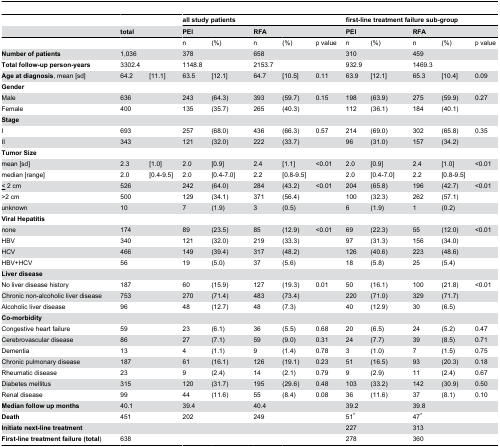
<table><thead><tr><td></td><td></td><td></td><td colspan="6"><b>all study patients</b></td><td colspan="6"><b>first-line treatment failure sub-group</b></td></tr><tr><td></td><td><b>total</b></td><td></td><td><b>PEI</b></td><td></td><td></td><td><b>RFA</b></td><td></td><td></td><td><b>PEI</b></td><td></td><td></td><td><b>RFA</b></td><td></td><td></td></tr></thead><tbody><tr><td></td><td></td><td></td><td>n</td><td>(%)</td><td></td><td>n</td><td>(%)</td><td>p value</td><td>n</td><td>(%)</td><td></td><td>n</td><td>(%)</td><td>p value</td></tr><tr><td><b>Number of patients</b></td><td>1,036</td><td></td><td>378</td><td></td><td></td><td>658</td><td></td><td></td><td>310</td><td></td><td></td><td>459</td><td></td><td></td></tr><tr><td><b>Total follow-up person-years</b></td><td>3302.4 </td><td></td><td>1148.8</td><td></td><td></td><td>2153.7</td><td></td><td></td><td>932.9</td><td></td><td></td><td>1469.3</td><td></td><td></td></tr><tr><td><b>Age at diagnosis</b>, mean [sd]</td><td>64.2</td><td>[11.1]</td><td>63.5</td><td>[12.1]</td><td></td><td>64.7</td><td>[10.5]</td><td>0.11</td><td>63.9</td><td>[12.1]</td><td></td><td>65.3</td><td>[10.4]</td><td>0.09 </td></tr><tr><td><b>Gender</b></td><td></td><td></td><td></td><td></td><td></td><td></td><td></td><td></td><td></td><td></td><td></td><td></td><td></td><td></td></tr><tr><td>Male</td><td>636</td><td></td><td>243</td><td>(64.3)</td><td></td><td>393</td><td>(59.7)</td><td>0.15</td><td>198</td><td>(63.9)</td><td></td><td>275</td><td>(59.9)</td><td>0.27 </td></tr><tr><td>Female</td><td>400</td><td></td><td>135</td><td>(35.7)</td><td></td><td>265</td><td>(40.3)</td><td></td><td>112</td><td>(36.1)</td><td></td><td>184</td><td>(40.1)</td><td></td></tr><tr><td><b>Stage</b></td><td></td><td></td><td></td><td></td><td></td><td></td><td></td><td></td><td></td><td></td><td></td><td></td><td></td><td></td></tr><tr><td>I</td><td>693</td><td></td><td>257</td><td>(68.0)</td><td></td><td>436</td><td>(66.3)</td><td>0.57</td><td>214</td><td>(69.0)</td><td></td><td>302</td><td>(65.8)</td><td>0.35 </td></tr><tr><td>II</td><td>343</td><td></td><td>121</td><td>(32.0)</td><td></td><td>222</td><td>(33.7)</td><td></td><td>96</td><td>(31.0)</td><td></td><td>157</td><td>(34.2)</td><td></td></tr><tr><td><b>Tumor Size</b></td><td></td><td></td><td></td><td></td><td></td><td></td><td></td><td></td><td></td><td></td><td></td><td></td><td></td><td></td></tr><tr><td> mean [sd]</td><td>2.3</td><td>[1.0]</td><td>2.0</td><td>[0.9]</td><td></td><td>2.4</td><td>[1.1]</td><td>&lt;0.01</td><td>2.0</td><td>[0.9]</td><td></td><td>2.4</td><td>[1.0]</td><td>&lt;0.01</td></tr><tr><td> median [range]</td><td>2.0</td><td>[0.4-9.5]</td><td>2.0</td><td>[0.4-7.0]</td><td></td><td>2.2</td><td>[0.8-9.5]</td><td></td><td>2.0</td><td>[0.4-7.0]</td><td></td><td>2.2</td><td>[0.8-9.5]</td><td></td></tr><tr><td><underline>&lt;</underline> 2 cm</td><td>526</td><td></td><td>242</td><td>(64.0)</td><td></td><td>284</td><td>(43.2)</td><td>&lt;0.01</td><td>204</td><td>(65.8)</td><td></td><td>196</td><td>(42.7)</td><td>&lt;0.01</td></tr><tr><td>&gt;2 cm</td><td>500</td><td></td><td>129</td><td>(34.1)</td><td></td><td>371</td><td>(56.4)</td><td></td><td>100</td><td>(32.3)</td><td></td><td>262</td><td>(57.1)</td><td></td></tr><tr><td>unknown</td><td>10</td><td></td><td>7</td><td>(1.9)</td><td></td><td>3</td><td>(0.5)</td><td></td><td>6</td><td>(1.9)</td><td></td><td>1</td><td>(0.2)</td><td></td></tr><tr><td><b>Viral Hepatitis</b></td><td></td><td></td><td></td><td></td><td></td><td></td><td></td><td></td><td></td><td></td><td></td><td></td><td></td><td></td></tr><tr><td>none</td><td>174</td><td></td><td>89</td><td>(23.5)</td><td></td><td>85</td><td>(12.9)</td><td>&lt;0.01</td><td>69</td><td>(22.3)</td><td></td><td>55</td><td>(12.0)</td><td>&lt;0.01</td></tr><tr><td>HBV</td><td>340</td><td></td><td>121</td><td>(32.0)</td><td></td><td>219</td><td>(33.3)</td><td></td><td>97</td><td>(31.3)</td><td></td><td>156</td><td>(34.0)</td><td></td></tr><tr><td>HCV</td><td>466</td><td></td><td>149</td><td>(39.4)</td><td></td><td>317</td><td>(48.2)</td><td></td><td>126</td><td>(40.6)</td><td></td><td>223</td><td>(48.6)</td><td></td></tr><tr><td>HBV+HCV</td><td>56</td><td></td><td>19</td><td>(5.0)</td><td></td><td>37</td><td>(5.6)</td><td></td><td>18</td><td>(5.8)</td><td></td><td>25</td><td>(5.4)</td><td></td></tr><tr><td><b>Liver disease</b></td><td></td><td></td><td></td><td></td><td></td><td></td><td></td><td></td><td></td><td></td><td></td><td></td><td></td><td></td></tr><tr><td>No liver disease history</td><td>187</td><td></td><td>60</td><td>(15.9)</td><td></td><td>127</td><td>(19.3)</td><td>0.01</td><td>50</td><td>(16.1)</td><td></td><td>100</td><td>(21.8)</td><td>&lt;0.01</td></tr><tr><td>Chronic non-alcoholic liver disease</td><td>753</td><td></td><td>270</td><td>(71.4)</td><td></td><td>483</td><td>(73.4)</td><td></td><td>220</td><td>(71.0)</td><td></td><td>329</td><td>(71.7)</td><td></td></tr><tr><td>Alcoholic liver disease</td><td>96</td><td></td><td>48</td><td>(12.7)</td><td></td><td>48</td><td>(7.3)</td><td></td><td>40</td><td>(12.9)</td><td></td><td>30</td><td>(6.5)</td><td></td></tr><tr><td><b>Co-morbidity</b></td><td></td><td></td><td></td><td></td><td></td><td></td><td></td><td></td><td></td><td></td><td></td><td></td><td></td><td></td></tr><tr><td>Congestive heart failure</td><td>59</td><td></td><td>23</td><td>(6.1)</td><td></td><td>36</td><td>(5.5)</td><td>0.68</td><td>20</td><td>(6.5)</td><td></td><td>24</td><td>(5.2)</td><td>0.47 </td></tr><tr><td>Cerebrovascular disease</td><td>86</td><td></td><td>27</td><td>(7.1)</td><td></td><td>59</td><td>(9.0)</td><td>0.31</td><td>24</td><td>(7.7)</td><td></td><td>39</td><td>(8.5)</td><td>0.71 </td></tr><tr><td>Dementia</td><td>13</td><td></td><td>4</td><td>(1.1)</td><td></td><td>9</td><td>(1.4)</td><td>0.78</td><td>3</td><td>(1.0)</td><td></td><td>7</td><td>(1.5)</td><td>0.75 </td></tr><tr><td>Chronic pulmonary disease</td><td>187</td><td></td><td>61</td><td>(16.1)</td><td></td><td>126</td><td>(19.1)</td><td>0.23</td><td>51</td><td>(16.5)</td><td></td><td>93</td><td>(20.3)</td><td>0.18 </td></tr><tr><td>Rheumatic disease</td><td>23</td><td></td><td>9</td><td>(2.4)</td><td></td><td>14</td><td>(2.1)</td><td>0.79</td><td>9</td><td>(2.9)</td><td></td><td>11</td><td>(2.4)</td><td>0.67 </td></tr><tr><td>Diabetes mellitus</td><td>315</td><td></td><td>120</td><td>(31.7)</td><td></td><td>195</td><td>(29.6)</td><td>0.48</td><td>103</td><td>(33.2)</td><td></td><td>142</td><td>(30.9)</td><td>0.50 </td></tr><tr><td>Renal disease</td><td>99</td><td></td><td>44</td><td>(11.6)</td><td></td><td>55</td><td>(8.4)</td><td>0.08</td><td>36</td><td>(11.6)</td><td></td><td>37</td><td>(8.1)</td><td>0.10 </td></tr><tr><td><b>Median follow up months</b></td><td>40.1</td><td></td><td>39.4</td><td></td><td></td><td>40.4</td><td></td><td></td><td>39.2</td><td></td><td></td><td>39.8</td><td></td><td></td></tr><tr><td><b>Death</b></td><td>451</td><td></td><td>202</td><td></td><td></td><td>249</td><td></td><td></td><td>51*</td><td></td><td></td><td>47*</td><td></td><td></td></tr><tr><td><b>Initiate next-line treatment</b></td><td></td><td></td><td></td><td></td><td></td><td></td><td></td><td></td><td>227</td><td></td><td></td><td>313</td><td></td><td></td></tr><tr><td><b>First-line treatment failure (total</b>)</td><td>638</td><td></td><td></td><td></td><td></td><td></td><td></td><td></td><td>278</td><td></td><td></td><td>360</td><td></td><td></td></tr></tbody></table>